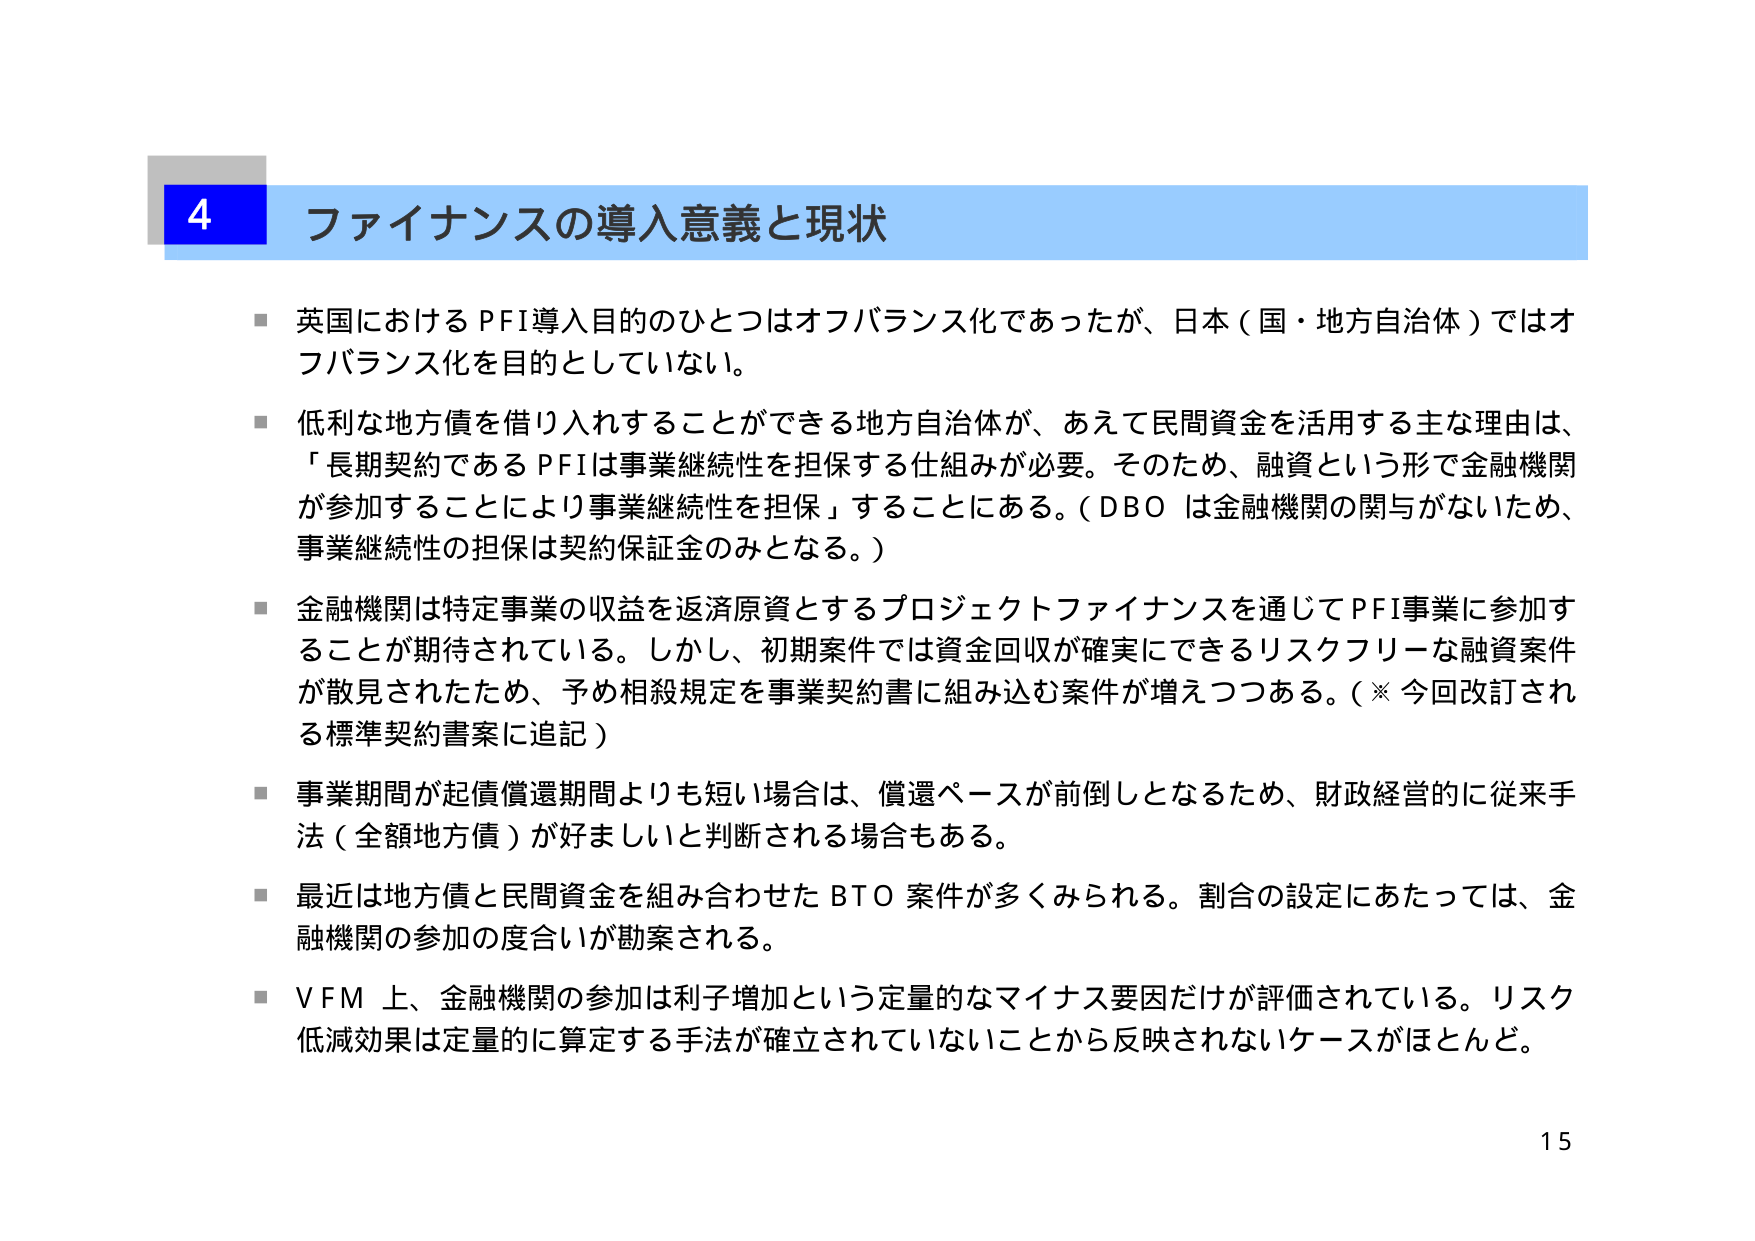
4 ファイナンスの導入意義と現状

■ 英国におけるPFI導入目的のひとつはオフバランス化であったが、日本（国・地方自治体）ではオフバランス化を目的としていない。

■ 低利な地方債を借り入れすることができる地方自治体が、あえて民間資金を活用する主な理由は、「長期契約であるPFIは事業継続性を担保する仕組みが必要。そのため、融資という形で金融機関が参加することにより事業継続性を担保」することにある。（DBOは金融機関の関与がないため、事業継続性の担保は契約保証金のみとなる。）

■ 金融機関は特定事業の収益を返済原資とするプロジェクトファイナンスを通じてPFI事業に参加することが期待されている。しかし、初期案件では資金回収が確実にできるリスクフリーな融資案件が散見されたため、予め相殺規定を事業契約書に組み込む案件が増えつつある。（※今回改訂される標準契約書案に追記）

■ 事業期間が起債償還期間よりも短い場合は、償還ペースが前倒しとなるため、財政経営的に従来手法（全額地方債）が好ましいと判断される場合もある。

■ 最近は地方債と民間資金を組み合わせたBTO案件が多くみられる。割合の設定にあたっては、金融機関の参加の度合いが勘案される。

■ VFM上、金融機関の参加は利子増加という定量的なマイナス要因だけが評価されている。リスク低減効果は定量的に算定する手法が確立されていないことから反映されないケースがほとんど。

15